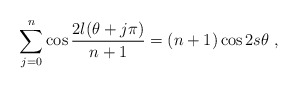
\begin{align*} \sum_{j=0}^{n} \cos{2 l(\theta+j\pi) \over n+1}=(n+1)\cos 2s \theta\;,\end{align*}